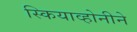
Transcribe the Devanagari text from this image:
स्कियाव्होनीने